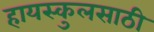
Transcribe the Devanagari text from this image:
हायस्‍कुलसाठी